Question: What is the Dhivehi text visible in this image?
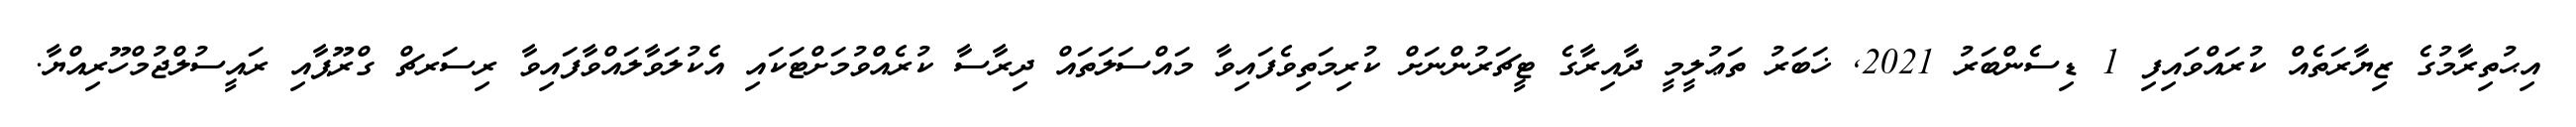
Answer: އިޙުތިރާމުގެ ޒިޔާރަތެއް ކުރައްވައިފި 1 ޑިސެންބަރު 2021, ޚަބަރު ތަޢުލީމީ ދާއިރާގެ ޓީޗަރުންނަށް ކުރިމަތިވެފައިވާ މައްސަލަތައް ދިރާސާ ކުރެއްވުމަށްޓަކައި އެކުލަވާލައްވާފައިވާ ރިސަރޗް ގްރޫޕާއި ރައީސުލްޖުމްހޫރިއްޔާ.